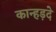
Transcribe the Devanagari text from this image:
कान्हड़दे